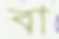
বা